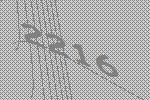
2216